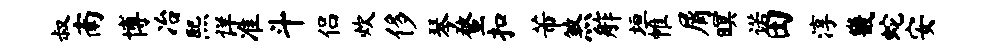
叔南博冶熙详准斗侣炊侈琴蝥扣芾煞舴垣帷屑暝诺田淳畿蛇安